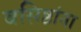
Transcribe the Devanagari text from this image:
वसिष्ठांना